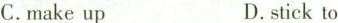
C.make up D. stick to